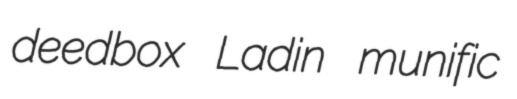
deedbox Ladin munific